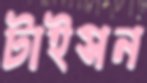
টাইসন